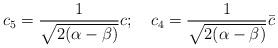
LaTeX: \begin{align*}c_5= \frac{ 1}{\sqrt{2(\alpha -\beta)}} c;\ \ \ c_4 = \frac{1}{\sqrt{2(\alpha -\beta)}} \bar{c}\end{align*}